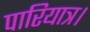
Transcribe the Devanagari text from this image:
पारियात्र।